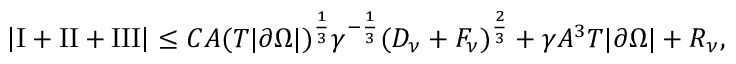
\begin{array} { r } { \left\lvert \mathrm I + \mathrm { I I } + \mathrm { I I I } \right\rvert \le C A ( T | \partial \Omega | ) ^ { \frac 1 3 } \gamma ^ { - \frac 1 3 } ( D _ { \nu } + F _ { \nu } ) ^ { \frac 2 3 } + \gamma A ^ { 3 } T | \partial \Omega | + R _ { \nu } , } \end{array}